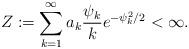
LaTeX: \begin{align*}Z:=\sum_{k=1}^\infty a_k\frac{ \psi_k}{k} e^{-\psi_k^2/2} < \infty.\end{align*}